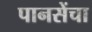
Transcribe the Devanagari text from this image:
पानसेंचा